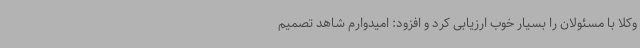
وکلا با مسئولان را بسیار خوب ارزیابی کرد و افزود: امیدوارم شاهد تصمیم